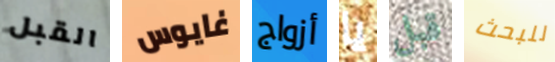
القبل غايوس أزواج يا قبل للبحث